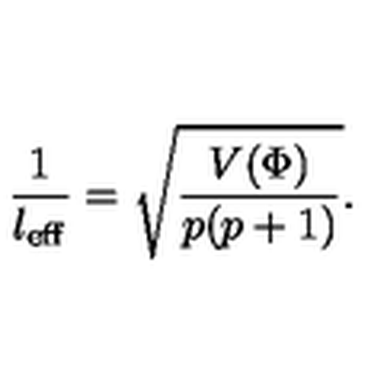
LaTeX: \frac { 1 } { l _ { \mathrm { e f f } } } = \sqrt { \frac { V ( \Phi ) } { p ( p + 1 ) } } .